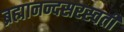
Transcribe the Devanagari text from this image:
ब्रह्मानन्दसरस्वती